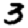
Digit: 3